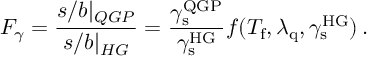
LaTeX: F _ { \gamma } = \frac { s / b | _ { Q G P } } { s / b | _ { H G } } = \frac { \gamma _ { \mathrm { s } } ^ { \mathrm { Q G P } } } { \gamma _ { \mathrm { s } } ^ { \mathrm { H G } } } f ( T _ { \mathrm { f } } , \lambda _ { \mathrm { q } } , \gamma _ { \mathrm { s } } ^ { \mathrm { H G } } ) \, .